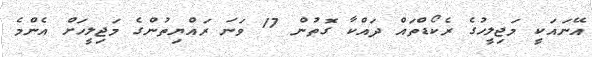
އޭނައަކީ މަޖިލީހުގެ ރެކޯޑްތައް ދައްކާ ގޮތުން 17 ވަނަ ރައްޔިތުންގެ މަޖިިލީހަށް އެންމެ